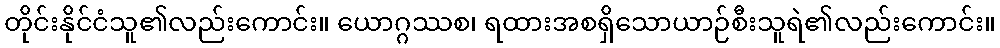
တိုင်းနိုင်ငံသူ၏လည်းကောင်း။ ယောဂ္ဂဿစ၊ ရထားအစရှိသောယာဉ်စီးသူရဲ၏လည်းကောင်း။